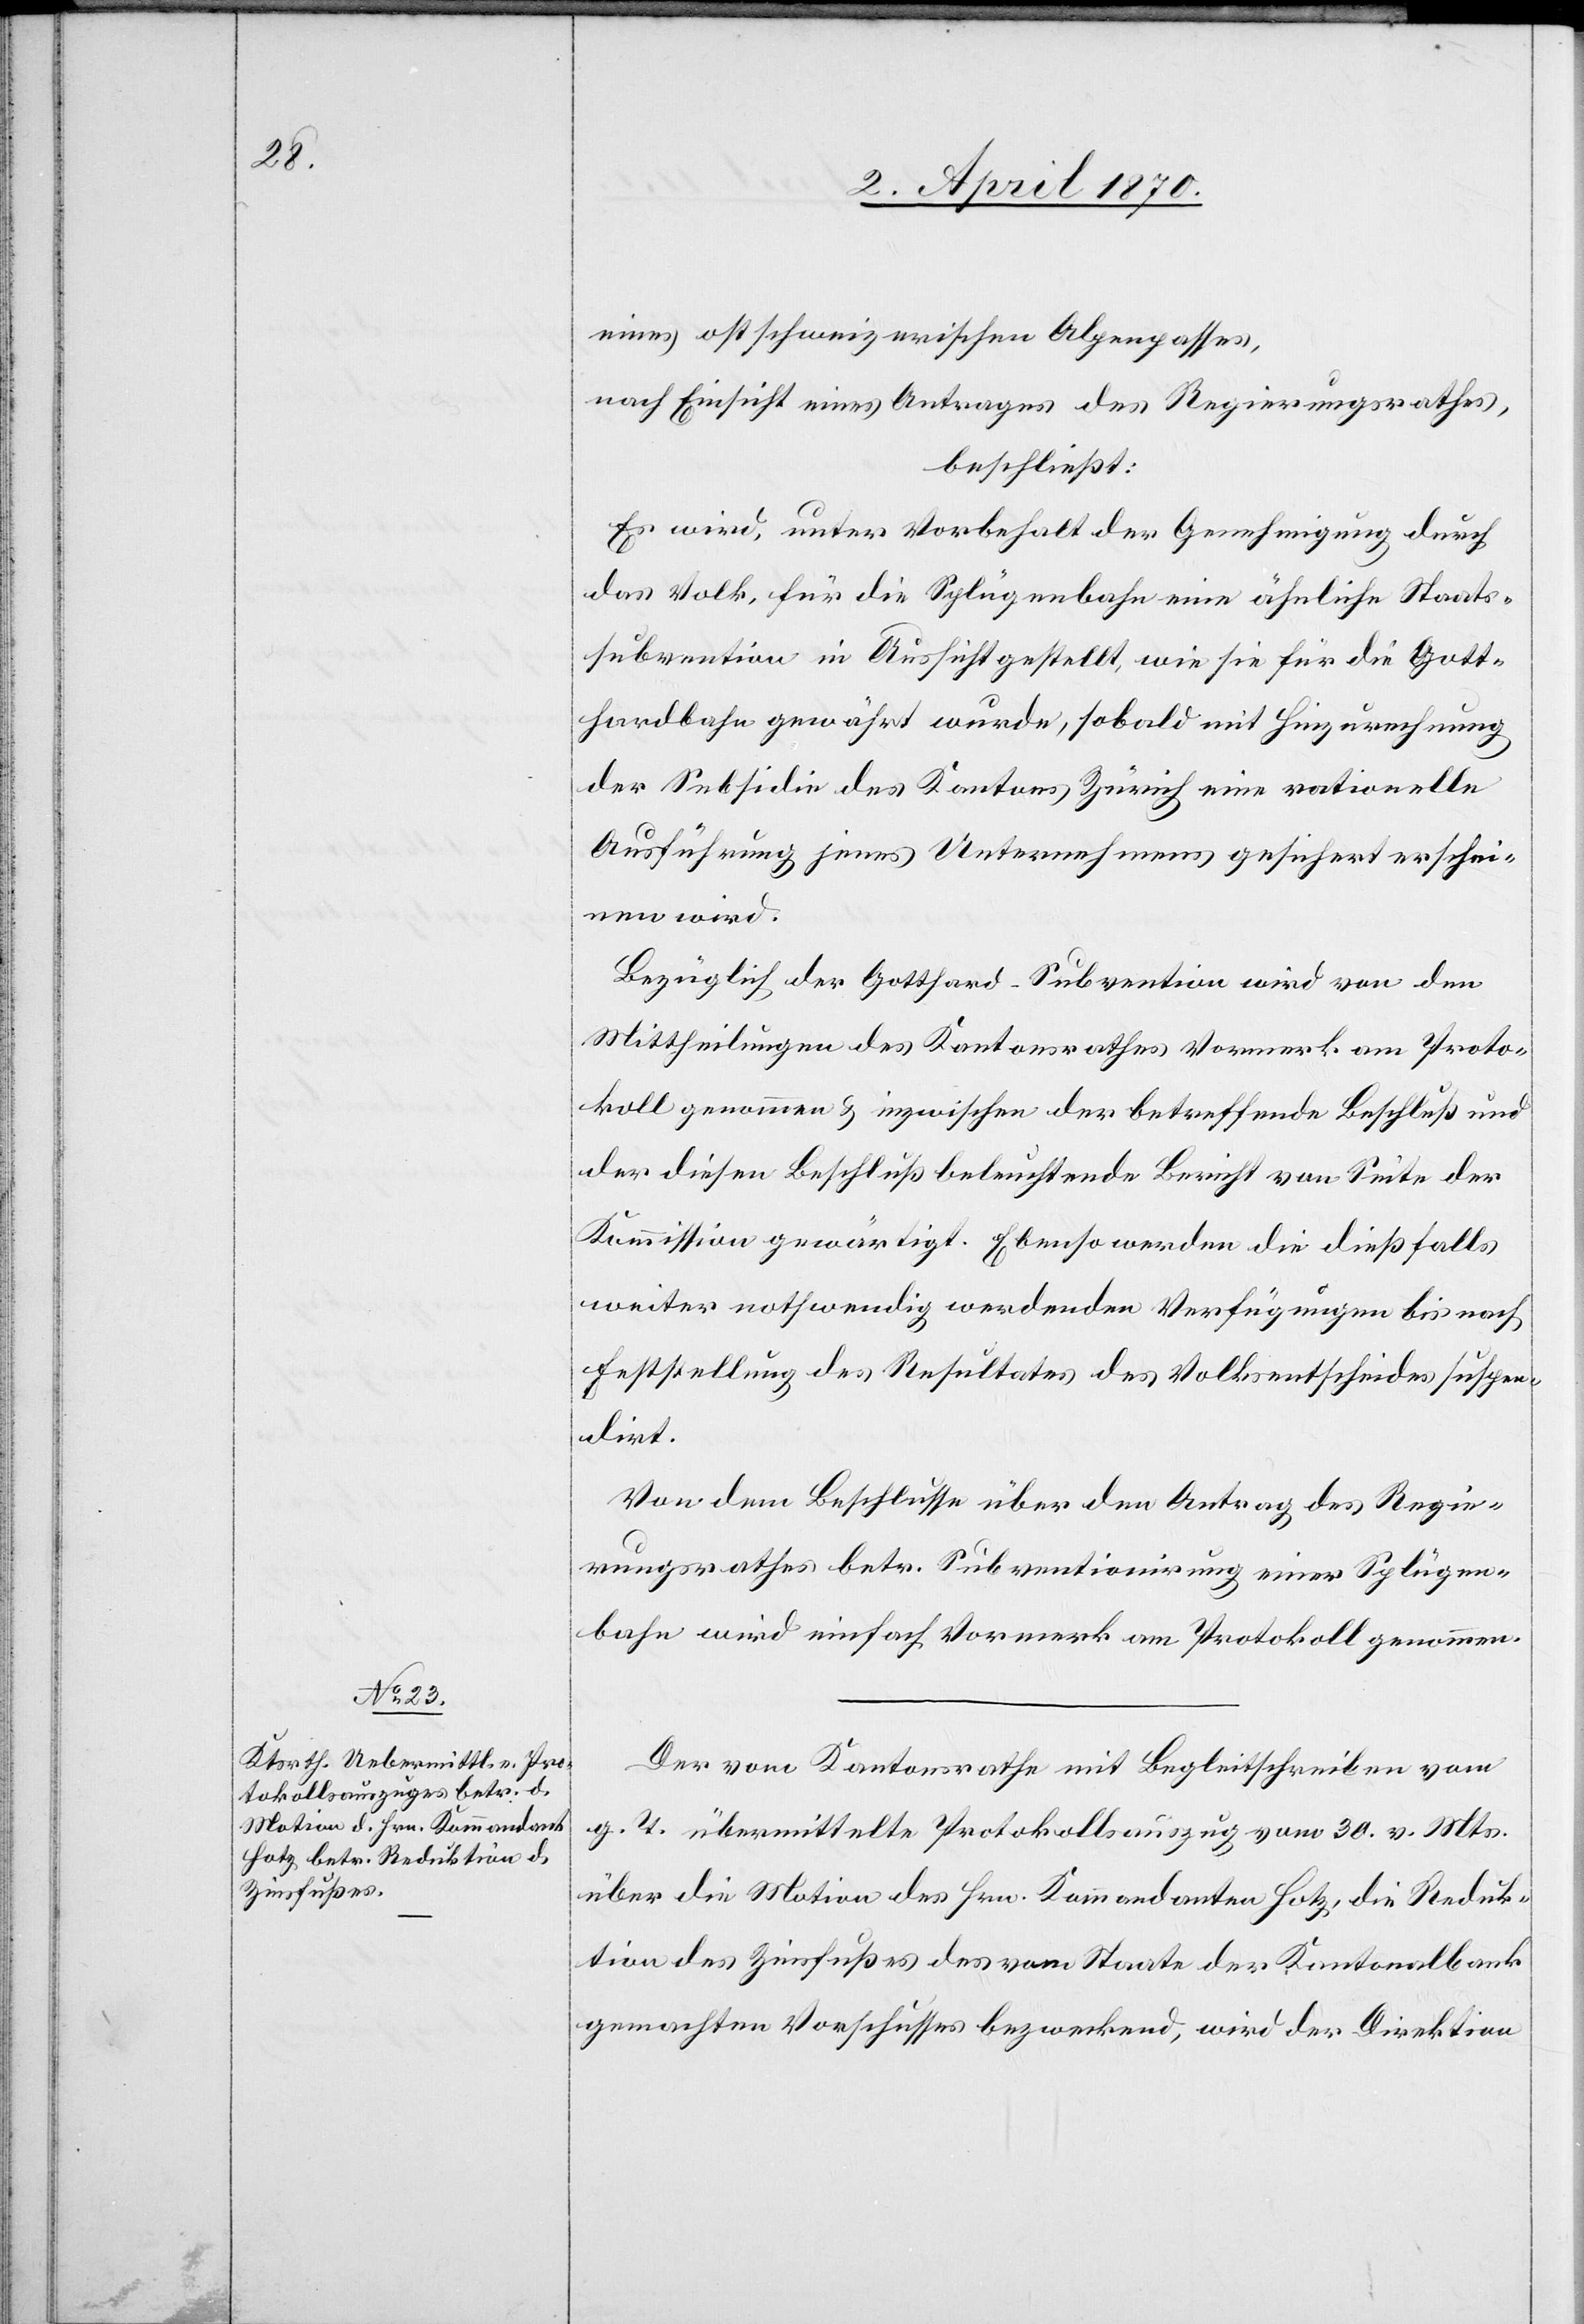
eines ostschweizerischen Alpenpasses,
nach Einsicht eines Antrages des Regierungsrathes,
beschließt:
Es wird, unter Vorbehalt der Genehmigung durch
das Volk, für die Splügenbahn eine ähnliche Staats¬
subvention in Aussicht gestellt, wie sie für die Gott¬
hardbahn gewährt wurde, sobald mit Hinzurechnung
der Subsidie des Kantons Zürich eine rationelle
Ausführung jenes Unternehmens gesichert erschei¬
nen wird.
Bezüglich der Gotthard-Subvention wird von den
Mittheilungen des Kantonsrathes Vormerk am Proto¬
koll genommen & inzwischen der betreffende Beschluß und
der diesen Beschluß beleuchtende Bericht von Seite der
Kommission gewärtigt. Ebenso werden die dießfalls
weiter nothwendig werdenden Verfügungen bis nach
Feststellung des Resultates des Volksentscheides suspen¬
dirt.
Von dem Beschlusse über den Antrag des Regie¬
rungsrathes betr. Subventionirung einer Splügen¬
bahn wird einfach Vormerk am Protokoll genommen.
Der vom Kantonsrathe mit Begleitschreiben vom
g. T. übermittelte Protokollsauszug vom 30. vor. Mts.
über die Motion des Hrn. Kommandanten Hotz, die Reduk¬
tion des Zinsfußes des vom Staate der Kantonalbank
gemachten Vorschusses bezweckend, wird der Direktion